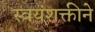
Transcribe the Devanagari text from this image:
स्वयंशक्तीने